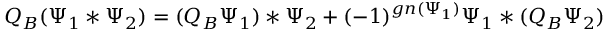
Q _ { B } ( \Psi _ { 1 } * \Psi _ { 2 } ) = ( Q _ { B } \Psi _ { 1 } ) * \Psi _ { 2 } + ( - 1 ) ^ { g n ( \Psi _ { 1 } ) } \Psi _ { 1 } * ( Q _ { B } \Psi _ { 2 } )